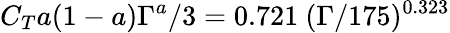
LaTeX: C_{T}a(1-a)\Gamma^{a}/3=0.721\ (\Gamma/175)^{0.323}